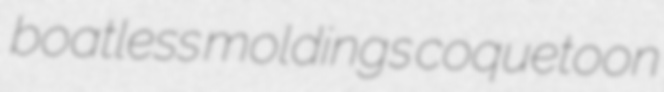
boatless moldings coquetoon